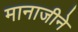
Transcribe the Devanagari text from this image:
मानाजीने